Some observations on the morphology and mechanism of the parts in the orthorrapha - Number 58
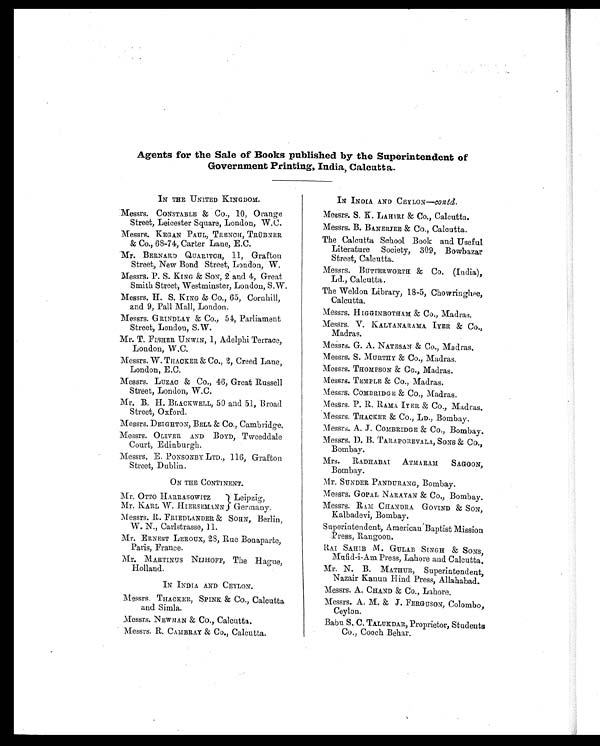
Agents for the Sale of Books published by the Superintendent of
Government Printing, India, Calcutta.
IN THE UNITED KINGDOM.
Messrs. CONSTABLE & Co., 10, Orange
Street, Leicester Square, London, W.C.
Messrs. MEGAN PAUL, TRENCH, TRÜBNER
& Co., 68-74, Carter Lane, E.C.
Mr. BERNARD QUARITCH, 11, Grafton
Street, New Bond Street, London, W.
Messrs. P. S. KING & SON, 2 and 4, Great
Smith Street, Westminster, London, S.W.
Messrs. H. S. KING & Co., 65, Cornhill,
and 9, Pall Mall, London.
Messrs. GRINDLAY & Co., 54, Parliament
Street, London, S.W.
Mr. T. FISHER UNWIN, 1, Adelphi Terrace,
London, W.C.
Messrs. W. THACKER & Co., 2, Creed Lane,
London, E.C.
Messrs. LUZAC & Co., 46, Great Russell
Street, London, W.C.
Mr. B. H. BLACKWELL, 50 and 51, Broad
Street, Oxford.
Messrs. DEIGHTON, BELL & Co., Cambridge.
Messrs. OLIVER AND BOYD, Tweeddale
Court, Edinburgh.
Messrs. E. PONSONBY LTD., 116, Grafton
Street, Dublin.
ON THE CONTINENT.
Mr. OTTO HARRASOWITZ
Mr. KARL W. HIERSEMANN
Leipzig,
Germany.
Messrs. R. FRIEDLANDER & SOHN, Berlin,
W. N., Carlstrasse, 11.
Mr. ERNEST LEROUX, 28, Rue Bonaparte,
Paris, France.
Mr. MARTINUS NIJHOFF, The Hague,
Holland.
IN INDIA AND CEYLON.
Messrs. THACKER, SPINK & CO., Calcutta
and Simla.
Messrs. NEWMAN & Co., Calcutta.
Messrs. R. CAMBRAY & Co., Calcutta.
IN INDIA AND CEYLON—contd.
Messrs. S. K LAHIRT & Co., Calcutta.
Messrs. B. BANERJEE & Co., Calcutta.
The Calcutta School Book and Useful
Literature Society, 309, Bowbazar
Street, Calcutta.
Messrs. BUTTERWORTH & Co. (India),
Ld., Calcutta.
The Weldon Library, 18-5, Chowringhee,
Calcutta.
Messrs. HIGGINBOTHAM & CO., Madras.
Messrs. V. KALYANARAMA. IYER & Co.,
Madras.
Messrs. G. A. NATESAN & Co., Madras.
Messrs. S. MURTHY & CO., Madras.
Messrs. THOMPSON & Co., Madras.
Messrs. TEMPLE & Co., Madras.
Messrs. COMBRIDGE & Co., Madras
.
Messrs. P. R. RAMA IYER & Co., Madras.
Messrs. THACKER & Co., LD., Bombay.
Messrs. A. J. COMBRIDGE & Co., Bombay.
Messrs. D. B. TARAPOREVALA , SONS & Co.,
Bombay.
Mrs. RADHABAI ATMARAM SAGOON,
Bombay.
Mr. SUNDER PANDURANG, Bombay.
Messrs. GOPAL NARAYAN & Co., Bombay.
Messrs. RAM CHANDRA GOVIND & SON,
Kalbadevi, Bombay.
Superintendent, American Baptist Mission
Press, Rangoon.
RAI SAHIB M. GULAB SINGH & SONS,
Mufid-i-Am Press, Lahore and Calcutta.
Mr. N. B. MATHUR, Superintendent,
Nazair Kanun Hind Press, Allahabad.
Messrs. A. CHAND & CO., Lahore.
Messrs. A. M. & J. FERGUSON, Colombo,
Ceylon.
Babu S. C. TALUKDAR, Proprietor, Students
Co., Cooch Behar.